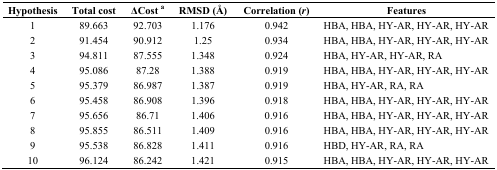
<table><thead><tr><td><b>Hypothesis</b></td><td><b>Total cost</b></td><td><b>ΔCost a</b></td><td><b>RMSD (Å)</b></td><td><b>Correlation (<i>r</i>)</b></td><td><b>Features</b></td></tr></thead><tbody><tr><td>1</td><td>89.663</td><td>92.703</td><td>1.176</td><td>0.942</td><td>HBA, HBA, HY-AR, HY-AR, HY-AR</td></tr><tr><td>2</td><td>91.454</td><td>90.912</td><td>1.25</td><td>0.934</td><td>HBA, HBA, HY-AR, HY-AR, HY-AR</td></tr><tr><td>3</td><td>94.811</td><td>87.555</td><td>1.348</td><td>0.924</td><td>HBA, HY-AR, HY-AR, RA</td></tr><tr><td>4</td><td>95.086</td><td>87.28</td><td>1.388</td><td>0.919</td><td>HBA, HBA, HY-AR, HY-AR, HY-AR</td></tr><tr><td>5</td><td>95.379</td><td>86.987</td><td>1.387</td><td>0.919</td><td>HBA, HY-AR, RA, RA</td></tr><tr><td>6</td><td>95.458</td><td>86.908</td><td>1.396</td><td>0.918</td><td>HBA, HBA, HY-AR, HY-AR, HY-AR</td></tr><tr><td>7</td><td>95.656</td><td>86.71</td><td>1.406</td><td>0.916</td><td>HBA, HBA, HY-AR, HY-AR, HY-AR</td></tr><tr><td>8</td><td>95.855</td><td>86.511</td><td>1.409</td><td>0.916</td><td>HBA, HBA, HY-AR, HY-AR, HY-AR</td></tr><tr><td>9</td><td>95.538</td><td>86.828</td><td>1.411</td><td>0.916</td><td>HBD, HY-AR, RA, RA</td></tr><tr><td>10</td><td>96.124</td><td>86.242</td><td>1.421</td><td>0.915</td><td>HBA, HBA, HY-AR, HY-AR, HY-AR</td></tr></tbody></table>